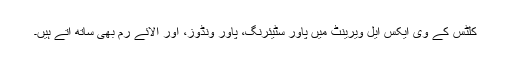
کلٹس کے وی ایکس ایل ویرینٹ میں پاور سٹیئرنگ، پاور ونڈوز، اور الائے رم بھی ساتھ آتے ہیں۔